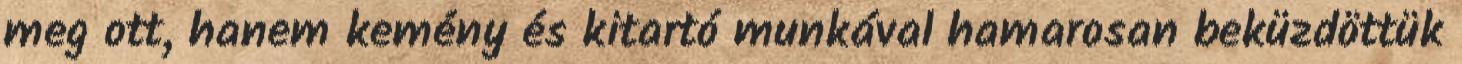
meg ott, hanem kemény és kitartó munkával hamarosan beküzdöttük